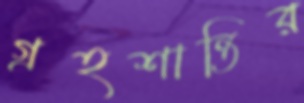
গ্রহশান্তির